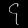
Digit: ၄